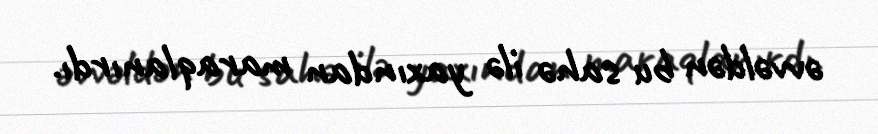
əvvəldən bu sahə ilə yaxından maraqlanırdı.